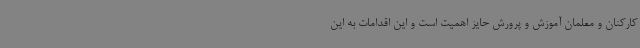
کارکنان و معلمان آموزش و پرورش حایز اهمیت است و این اقدامات به این